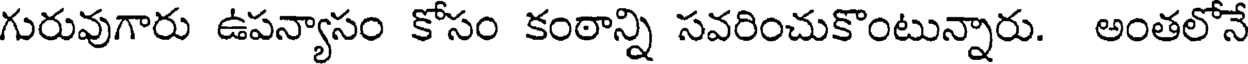
గురువుగారు ఉపన్యాసం కోసం కంఠాన్ని సవరించుకొంటున్నారు. అంతలోనే